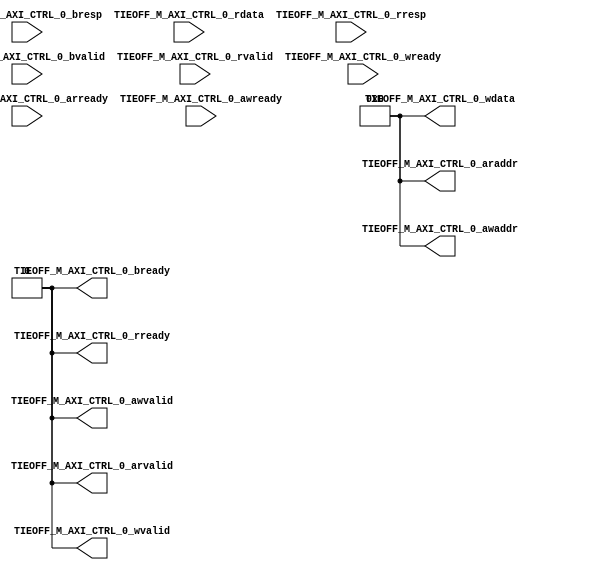
`timescale 1ns/1ps
//////////////////////////////////////////////////////////////////////////////////
// Company: 
// Engineer: 
// 
// Design Name: 
// Module Name: axi_tieoff_master
// Project Name: 
// Target Devices: 
// Tool Versions: 
// Description: 
// 
// Dependencies: 
// 
// Revision:
// Revision 0.01 - File Created
// Additional Comments:
// 
//////////////////////////////////////////////////////////////////////////////////


module axi_tieoff_master(
    TIEOFF_M_AXI_CTRL_0_araddr,
    TIEOFF_M_AXI_CTRL_0_arready,
    TIEOFF_M_AXI_CTRL_0_arvalid,
    TIEOFF_M_AXI_CTRL_0_awaddr,
    TIEOFF_M_AXI_CTRL_0_awready,
    TIEOFF_M_AXI_CTRL_0_awvalid,
    TIEOFF_M_AXI_CTRL_0_bready,
    TIEOFF_M_AXI_CTRL_0_bresp,
    TIEOFF_M_AXI_CTRL_0_bvalid,
    TIEOFF_M_AXI_CTRL_0_rdata,
    TIEOFF_M_AXI_CTRL_0_rready,
    TIEOFF_M_AXI_CTRL_0_rresp,
    TIEOFF_M_AXI_CTRL_0_rvalid,
    TIEOFF_M_AXI_CTRL_0_wdata,
    TIEOFF_M_AXI_CTRL_0_wready,
    TIEOFF_M_AXI_CTRL_0_wvalid);
    (* X_INTERFACE_PARAMETER = "XIL_INTERFACENAME TIEOFF_M_AXI_CTRL_0, ADDR_WIDTH 32, ARUSER_WIDTH 0, AWUSER_WIDTH 0, BUSER_WIDTH 0, DATA_WIDTH 32, HAS_BRESP 1, HAS_BURST 0, HAS_CACHE 0, HAS_LOCK 0, HAS_PROT 0, HAS_QOS 0, HAS_REGION 0, HAS_RRESP 1, HAS_WSTRB 0, ID_WIDTH 0, INSERT_VIP 0, MAX_BURST_LENGTH 1, NUM_READ_OUTSTANDING 1, NUM_READ_THREADS 1, NUM_WRITE_OUTSTANDING 1, NUM_WRITE_THREADS 1, FREQ_HZ 300000000, PHASE 0.0, PROTOCOL AXI4LITE, READ_WRITE_MODE READ_WRITE, RUSER_BITS_PER_BYTE 0, RUSER_WIDTH 0, SUPPORTS_NARROW_BURST 0, WUSER_BITS_PER_BYTE 0, WUSER_WIDTH 0" *)
    (* X_INTERFACE_INFO = "xilinx.com:interface:aximm_rtl:1.0 TIEOFF_M_AXI_CTRL_0 ARADDR" *) output[31:0] TIEOFF_M_AXI_CTRL_0_araddr;
    (* X_INTERFACE_INFO = "xilinx.com:interface:aximm_rtl:1.0 TIEOFF_M_AXI_CTRL_0 ARREADY" *) input TIEOFF_M_AXI_CTRL_0_arready;
    (* X_INTERFACE_INFO = "xilinx.com:interface:aximm_rtl:1.0 TIEOFF_M_AXI_CTRL_0 ARVALID" *) output TIEOFF_M_AXI_CTRL_0_arvalid;
    (* X_INTERFACE_INFO = "xilinx.com:interface:aximm_rtl:1.0 TIEOFF_M_AXI_CTRL_0 AWADDR" *) output[31:0] TIEOFF_M_AXI_CTRL_0_awaddr;
    (* X_INTERFACE_INFO = "xilinx.com:interface:aximm_rtl:1.0 TIEOFF_M_AXI_CTRL_0 AWREADY" *) input TIEOFF_M_AXI_CTRL_0_awready;
    (* X_INTERFACE_INFO = "xilinx.com:interface:aximm_rtl:1.0 TIEOFF_M_AXI_CTRL_0 AWVALID" *) output TIEOFF_M_AXI_CTRL_0_awvalid;
    (* X_INTERFACE_INFO = "xilinx.com:interface:aximm_rtl:1.0 TIEOFF_M_AXI_CTRL_0 BREADY" *) output TIEOFF_M_AXI_CTRL_0_bready;
    (* X_INTERFACE_INFO = "xilinx.com:interface:aximm_rtl:1.0 TIEOFF_M_AXI_CTRL_0 BRESP" *) input[1:0] TIEOFF_M_AXI_CTRL_0_bresp;
    (* X_INTERFACE_INFO = "xilinx.com:interface:aximm_rtl:1.0 TIEOFF_M_AXI_CTRL_0 BVALID" *) input TIEOFF_M_AXI_CTRL_0_bvalid;
    (* X_INTERFACE_INFO = "xilinx.com:interface:aximm_rtl:1.0 TIEOFF_M_AXI_CTRL_0 RDATA" *) input[31:0] TIEOFF_M_AXI_CTRL_0_rdata;
    (* X_INTERFACE_INFO = "xilinx.com:interface:aximm_rtl:1.0 TIEOFF_M_AXI_CTRL_0 RREADY" *) output TIEOFF_M_AXI_CTRL_0_rready;
    (* X_INTERFACE_INFO = "xilinx.com:interface:aximm_rtl:1.0 TIEOFF_M_AXI_CTRL_0 RRESP" *) input[1:0] TIEOFF_M_AXI_CTRL_0_rresp;
    (* X_INTERFACE_INFO = "xilinx.com:interface:aximm_rtl:1.0 TIEOFF_M_AXI_CTRL_0 RVALID" *) input TIEOFF_M_AXI_CTRL_0_rvalid;
    (* X_INTERFACE_INFO = "xilinx.com:interface:aximm_rtl:1.0 TIEOFF_M_AXI_CTRL_0 WDATA" *) output[31:0] TIEOFF_M_AXI_CTRL_0_wdata;
    (* X_INTERFACE_INFO = "xilinx.com:interface:aximm_rtl:1.0 TIEOFF_M_AXI_CTRL_0 WREADY" *) input TIEOFF_M_AXI_CTRL_0_wready;
    (* X_INTERFACE_INFO = "xilinx.com:interface:aximm_rtl:1.0 TIEOFF_M_AXI_CTRL_0 WVALID" *) output TIEOFF_M_AXI_CTRL_0_wvalid;

    assign TIEOFF_M_AXI_CTRL_0_araddr = 32'b0;
    assign TIEOFF_M_AXI_CTRL_0_arvalid = 1'b0;
    assign TIEOFF_M_AXI_CTRL_0_awaddr = 32'b0;
    assign TIEOFF_M_AXI_CTRL_0_awvalid = 1'b0;
    assign TIEOFF_M_AXI_CTRL_0_bready = 1'b0;
    assign TIEOFF_M_AXI_CTRL_0_rready = 1'b0;
    assign TIEOFF_M_AXI_CTRL_0_wdata = 32'b0;
    assign TIEOFF_M_AXI_CTRL_0_wvalid = 1'b0;
endmodule